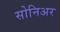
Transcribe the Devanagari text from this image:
सोनिअर